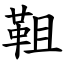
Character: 靻